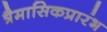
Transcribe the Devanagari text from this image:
त्रैमासिकप्रारंभ